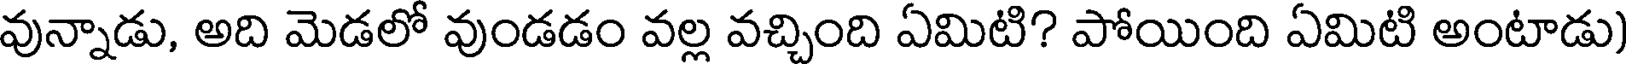
వున్నాడు, అది మెడలో వుండడం వల్ల వచ్చింది ఏమిటి? పోయింది ఏమిటి అంటాడు)